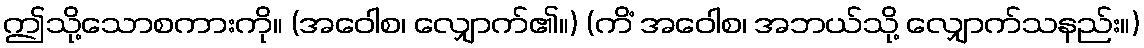
ဤသို့သောစကားကို။ (အဝေါစ၊ လျှောက်၏။) (ကိံ အဝေါစ၊ အဘယ်သို့ လျှောက်သနည်း။)